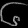
Digit: ၆